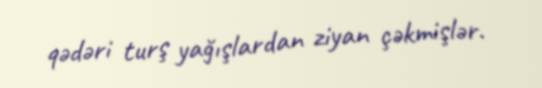
qədəri turş yağışlardan ziyan çəkmişlər.